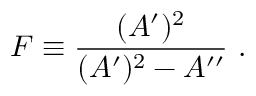
F \equiv { \frac { ( A ^ { \prime } ) ^ { 2 } } { ( A ^ { \prime } ) ^ { 2 } - A ^ { \prime \prime } } } ~ .